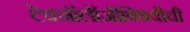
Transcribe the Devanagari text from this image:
टेक्नॉलॉजीविषयीची